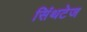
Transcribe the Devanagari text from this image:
सिंथटेज